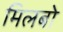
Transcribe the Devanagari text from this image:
मिलबो